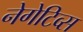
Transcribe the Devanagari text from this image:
नेगेटिव्स